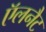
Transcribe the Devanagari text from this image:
ऍलनैट